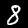
Digit: 8